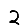
Digit: 2